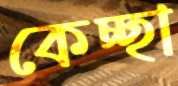
কেচ্ছা